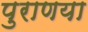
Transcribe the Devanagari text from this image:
पुराणया